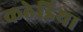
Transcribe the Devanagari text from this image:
कठेडिया